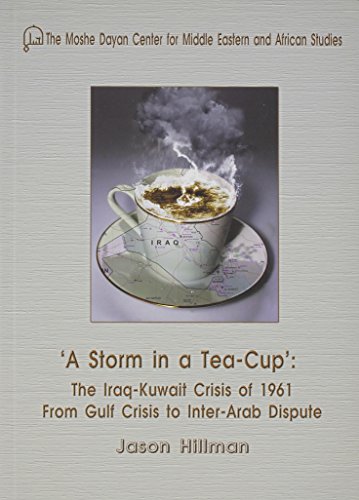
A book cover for "A Storm in a Tea-Cup": The Iraq-Kuwait Crisis of 1961: From Gulf Crisis to Inter-Arab Dispute; Jason Hillman; History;